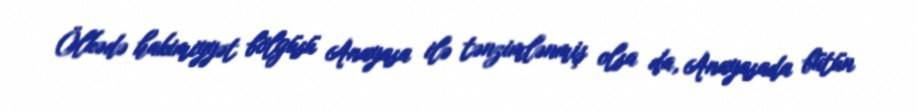
Ölkədə hakimiyyət bölgüsü Anayasa ilə tənzimlənmiş olsa da, Anayasada bütün